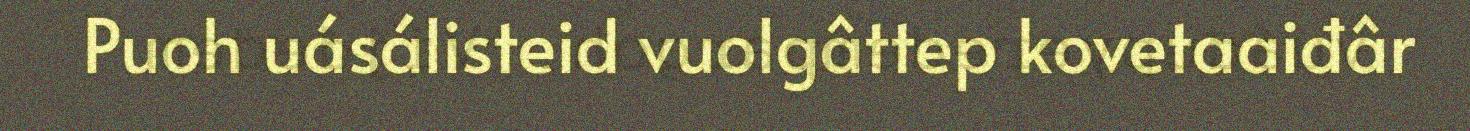
Puoh uásálisteid vuolgâttep kovetaaiđâr